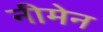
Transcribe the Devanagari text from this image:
नीमेन